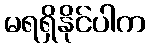
မရရှိနိုင်ပါက